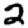
Digit: 2